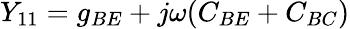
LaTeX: Y_{11}=g_{BE}+j\omega(C_{BE}+C_{BC})